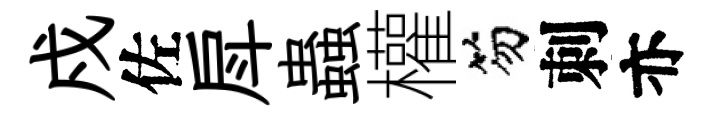
戍佐戽蟲權笏刺亦